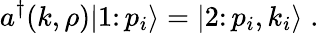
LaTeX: a^{\dagger}(k,\rho)\vert 1\colon p_{i}\rangle=\vert 2\colon p_{i},k_{i}\rangle\; .